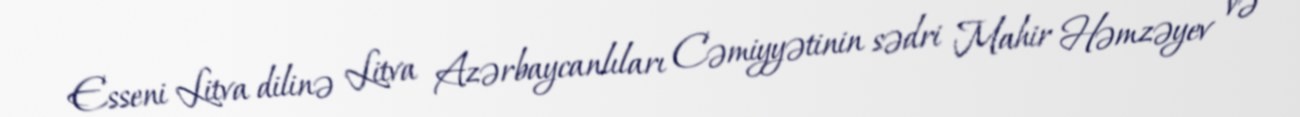
Esseni Litva dilinə Litva Azərbaycanlıları Cəmiyyətinin sədri Mahir Həmzəyev və